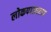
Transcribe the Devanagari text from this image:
लोकपाललाच